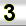
Digit: 3